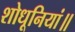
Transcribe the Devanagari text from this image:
शोधूनियां॥